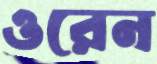
ওরেন